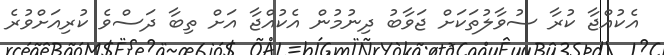
އެކުއްޖާ ކުރާ ސުވާލުތަކަށް ޖަވާބު ދިނުމުން އެކުއްޖާ އަށް ތިބާ ދަސްވެ ކުރިއަށްވުރެ